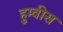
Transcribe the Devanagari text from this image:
हुम्वीस